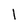
Character: l